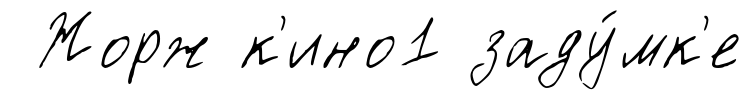
Жорж к'ино1 заду́мк'е